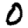
Digit: 0